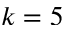
k = 5